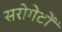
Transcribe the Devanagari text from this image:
सरोगेटों